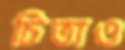
চিতাও